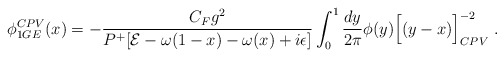
\begin{align*}\phi^{CPV}_{1GE}(x)=-{{C_F g^2}\over { P^+[{\cal E}-\omega(1-x)-\omega(x)+i\epsilon]}} \int_{0}^{1} {{dy}\over {2\pi}} \phi(y) {\Big[(y-x)\Big]}^{-2}_{CPV}\ .\end{align*}